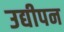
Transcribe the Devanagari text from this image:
उद्यीपन